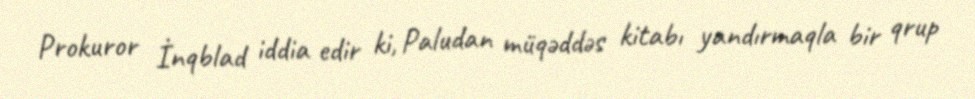
Prokuror İnqblad iddia edir ki, Paludan müqəddəs kitabı yandırmaqla bir qrup